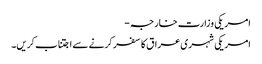
امریکی وزارت خارجہ -
امریکی شہری عراق کا سفر کرنے سے اجتناب کریں۔